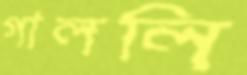
গাললি